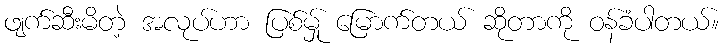
ဖျက်ဆီးမိတဲ့ အလုပ်ဟာ ပြစ်မ်ှု မြောက်တယ် ဆိုတာကို ဝန်ခံပါတယ်။